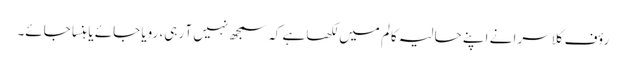
رؤف کلاسرا نے اپنے حالیہ کالم میں لکھا ہے کہ سمجھ نہیں آ رہی، رویا جائے یا ہنسا جائے۔